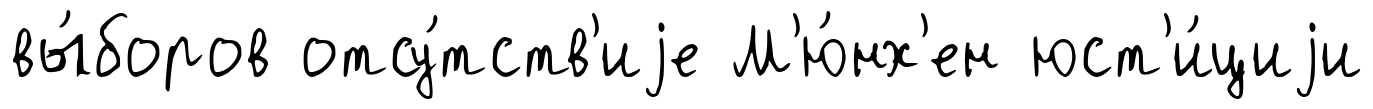
вы́боров отсу́тств'иjе М'ю́нх'ен юст'и́циjи